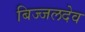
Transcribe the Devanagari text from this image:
बिज्जलदेव